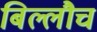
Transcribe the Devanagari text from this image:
बिल्लौच